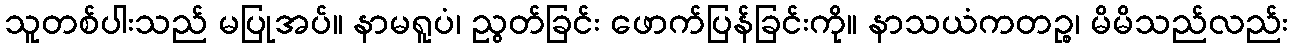
သူတစ်ပါးသည် မပြုအပ်။ နာမရူပံ၊ ညွတ်ခြင်း ဖောက်ပြန်ခြင်းကို။ နာသယံကတဉ္စ၊ မိမိသည်လည်း